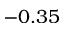
- 0 . 3 5